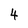
Character: 4